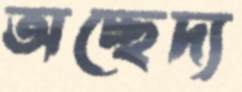
অচ্ছেদ্য